Protection of India from yellow fever
Disease focus: Fever
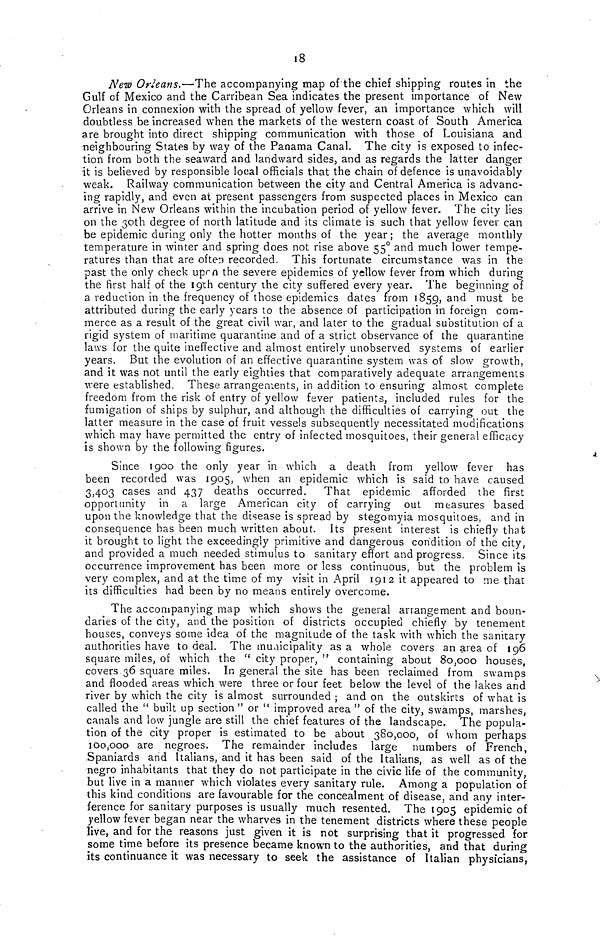
18
New Orleans.—The accompanying map of the chief shipping routes in the
Gulf of Mexico and the Carabean Sea indicates the present importance of New
Orleans in connexion with the spread of yellow fever, an importance which will
doubtless be increased when the markets of the western coast of South America
are brought into direct shipping communication with those of Louisiana and
neighbouring States by way of the Panama Canal. The city is exposed to infec-
tion from both the seaward and landward sides, and as regards the latter danger
it is believed by responsible local officials that the chain of defence is unavoidably
weak. Railway communication between the city and Central America is advanc-
ing rapidly, and even at present passengers from suspected places in Mexico can
arrive in New Orleans within the incubation period of yellow fever. The city lies
on the ßoth degree of north latitude and its climate is such that yellow fever can
be epidemic during only the hotter months of the year; the average monthly
temperature in winter and spring does not rise above 55° and much lower tempe-
ratures than that are ofter recorded. This fortunate circumstance was in the
past the only check upon the severe epidemics of yellow fever from which during
the first half of the 19th century the city suffered every year. The beginning of
a reduction in the frequency of those epidemics dates from 1859, and must be
attributed during the early years to the absence of participation in foreign com-
merce as a result of the great civil war, and later to the gradual substitution of a
rigid system of maritime quarantine and of a strict observance of the quarantine
laws for the quite ineffective and almost entirely unobserved systems of earlier
years. But the evolution of an effective quarantine system was of slow growth,
and it was not until the early eighties that comparatively adequate arrangements
were established. These arrangements, in addition to ensuring almost complete
freedom from the risk of entry of yellow fever patients, included rules for the
fumigation of ships by sulphur, and although the difficulties of carrying out the
latter measure in the case of fruit vessels subsequently necessitated modifications
which may have permitted the entry of infected mosquitoes, their general efficacy
is shown by the following figures«
Since 1900 the only year in which a death from yellow fever has
been recorded was 1905, when an epidemic which is said to have caused
3,403 cases and 437 deaths occurred. That epidemic afforded the first
opportunity in a large American city of carrying out measures based
upon the knowledge that the disease is spread by stegomyia mosquitoes, and in
consequence has been much written about. Its present interest is chiefly that
it brought to light the exceedingly primitive and dangerous condition of the city,
and provided a much needed stimulus to sanitary effort and progress. Since its
occurrence improvement has been more or less continuous, but the problem is
very complex, and at the time of my visit in April 1912 it appeared to me that
its difficulties had been by no means entirely overcome.
The accompanying map which shows the general anangement and boun-
daries of the city, and the position of districts occupied chiefly by tenement
houses, conveys some idea of the magnitude of the task with which the sanitary
authorities have to deal. The municipality as a whole covers an area of 196
square miles, of which the " city proper, " containing about 80,000 houses,
covers 36 square miles« In general the site has been reclaimed from swamps
and flooded areas which were three or four feet below the level of the lakes and
river by which the city is almost surrounded ; and on the outskirts of what is
called the " built up section" or " improved area " of the city, swamps, marshes,
canals and low jungle are still the chief features of the landscape. The popula-
tion of the city proper is estimated to be about 380,000, of whom perhaps
100,000 are negroes. The remainder includes large numbers of French,
Spaniards and Italians, and it has been said of the Italians, as well as of the
negro inhabitants that they do not participate in the civic life of the community,
but live in a manner which violates every sanitary rule. Among a population of
this kind conditions are favourable for the concealment of disease, and any inter-
ference for sanitary purposes is usually much resented. The 1905 epidemic of
yellow fever began near the wharves in the tenement districts where these people
live, and for the reasons just given it is not surprising that it progressed for
some time before its presence became known to the authorities, and that during
its continuance it was necessary to seek the assistance of Italian physicians,